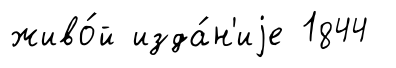
живо́й изда́н'иjе 1844